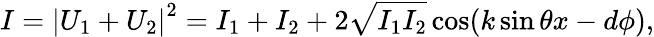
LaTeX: I=\left|U_{1}+U_{2}\right|^{2}=I_{1}+I_{2}+2\sqrt{I_{1}I_{2}}\cos(k\sin\theta x-d\phi),